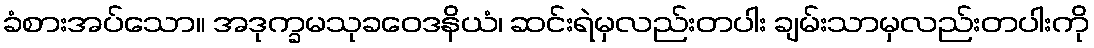
ခံစားအပ်သော။ အဒုက္ခမသုခဝေဒနိယံ၊ ဆင်းရဲမှလည်းတပါး ချမ်းသာမှလည်းတပါးကို